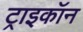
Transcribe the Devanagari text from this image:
ट्राइकॉन